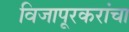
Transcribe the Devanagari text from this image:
विजापूरकरांचा